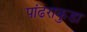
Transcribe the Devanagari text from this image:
पांढराकुडा